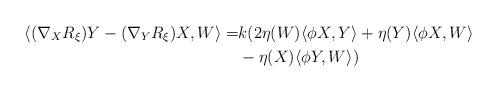
LaTeX: \begin{align*}\langle(\nabla_XR_{\xi})Y-(\nabla_YR_{\xi})X,W\rangle=&k(2\eta(W)\langle\phi X,Y\rangle+\eta(Y)\langle\phi X,W\rangle \\ & -\eta(X)\langle\phi Y,W\rangle)\end{align*}